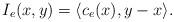
LaTeX: \begin{align*}I_{e}(x,y)=\langle c_{e}(x),y-x\rangle.\end{align*}